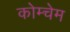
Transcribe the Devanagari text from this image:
कोम्चेम